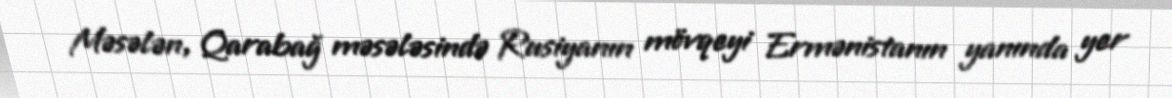
Məsələn, Qarabağ məsələsində Rusiyanın mövqeyi Ermənistanın yanında yer